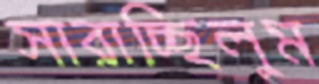
সারাচ্ছিলুম